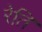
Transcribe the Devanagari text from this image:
रेति